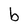
Character: b